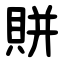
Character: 賆